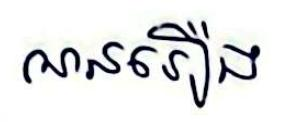
ណនរឿង